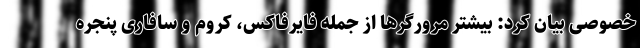
خصوصی بیان کرد: بیشتر مرورگرها از جمله فایرفاکس، کروم و سافاری پنجره